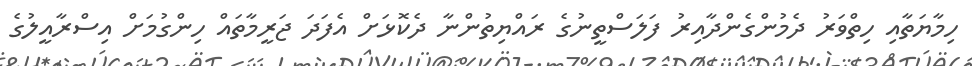
ހިމާޔަތާއި ހިތްވަރު ދެމުންގެންދާއިރު ފަލަސްތީނުގެ ރައްޔިތުންނާ ދެކޮޅަށް އެފަދަ ޖަރީމާތައް ހިންގުމަށް އިސްރާއީލުގެ